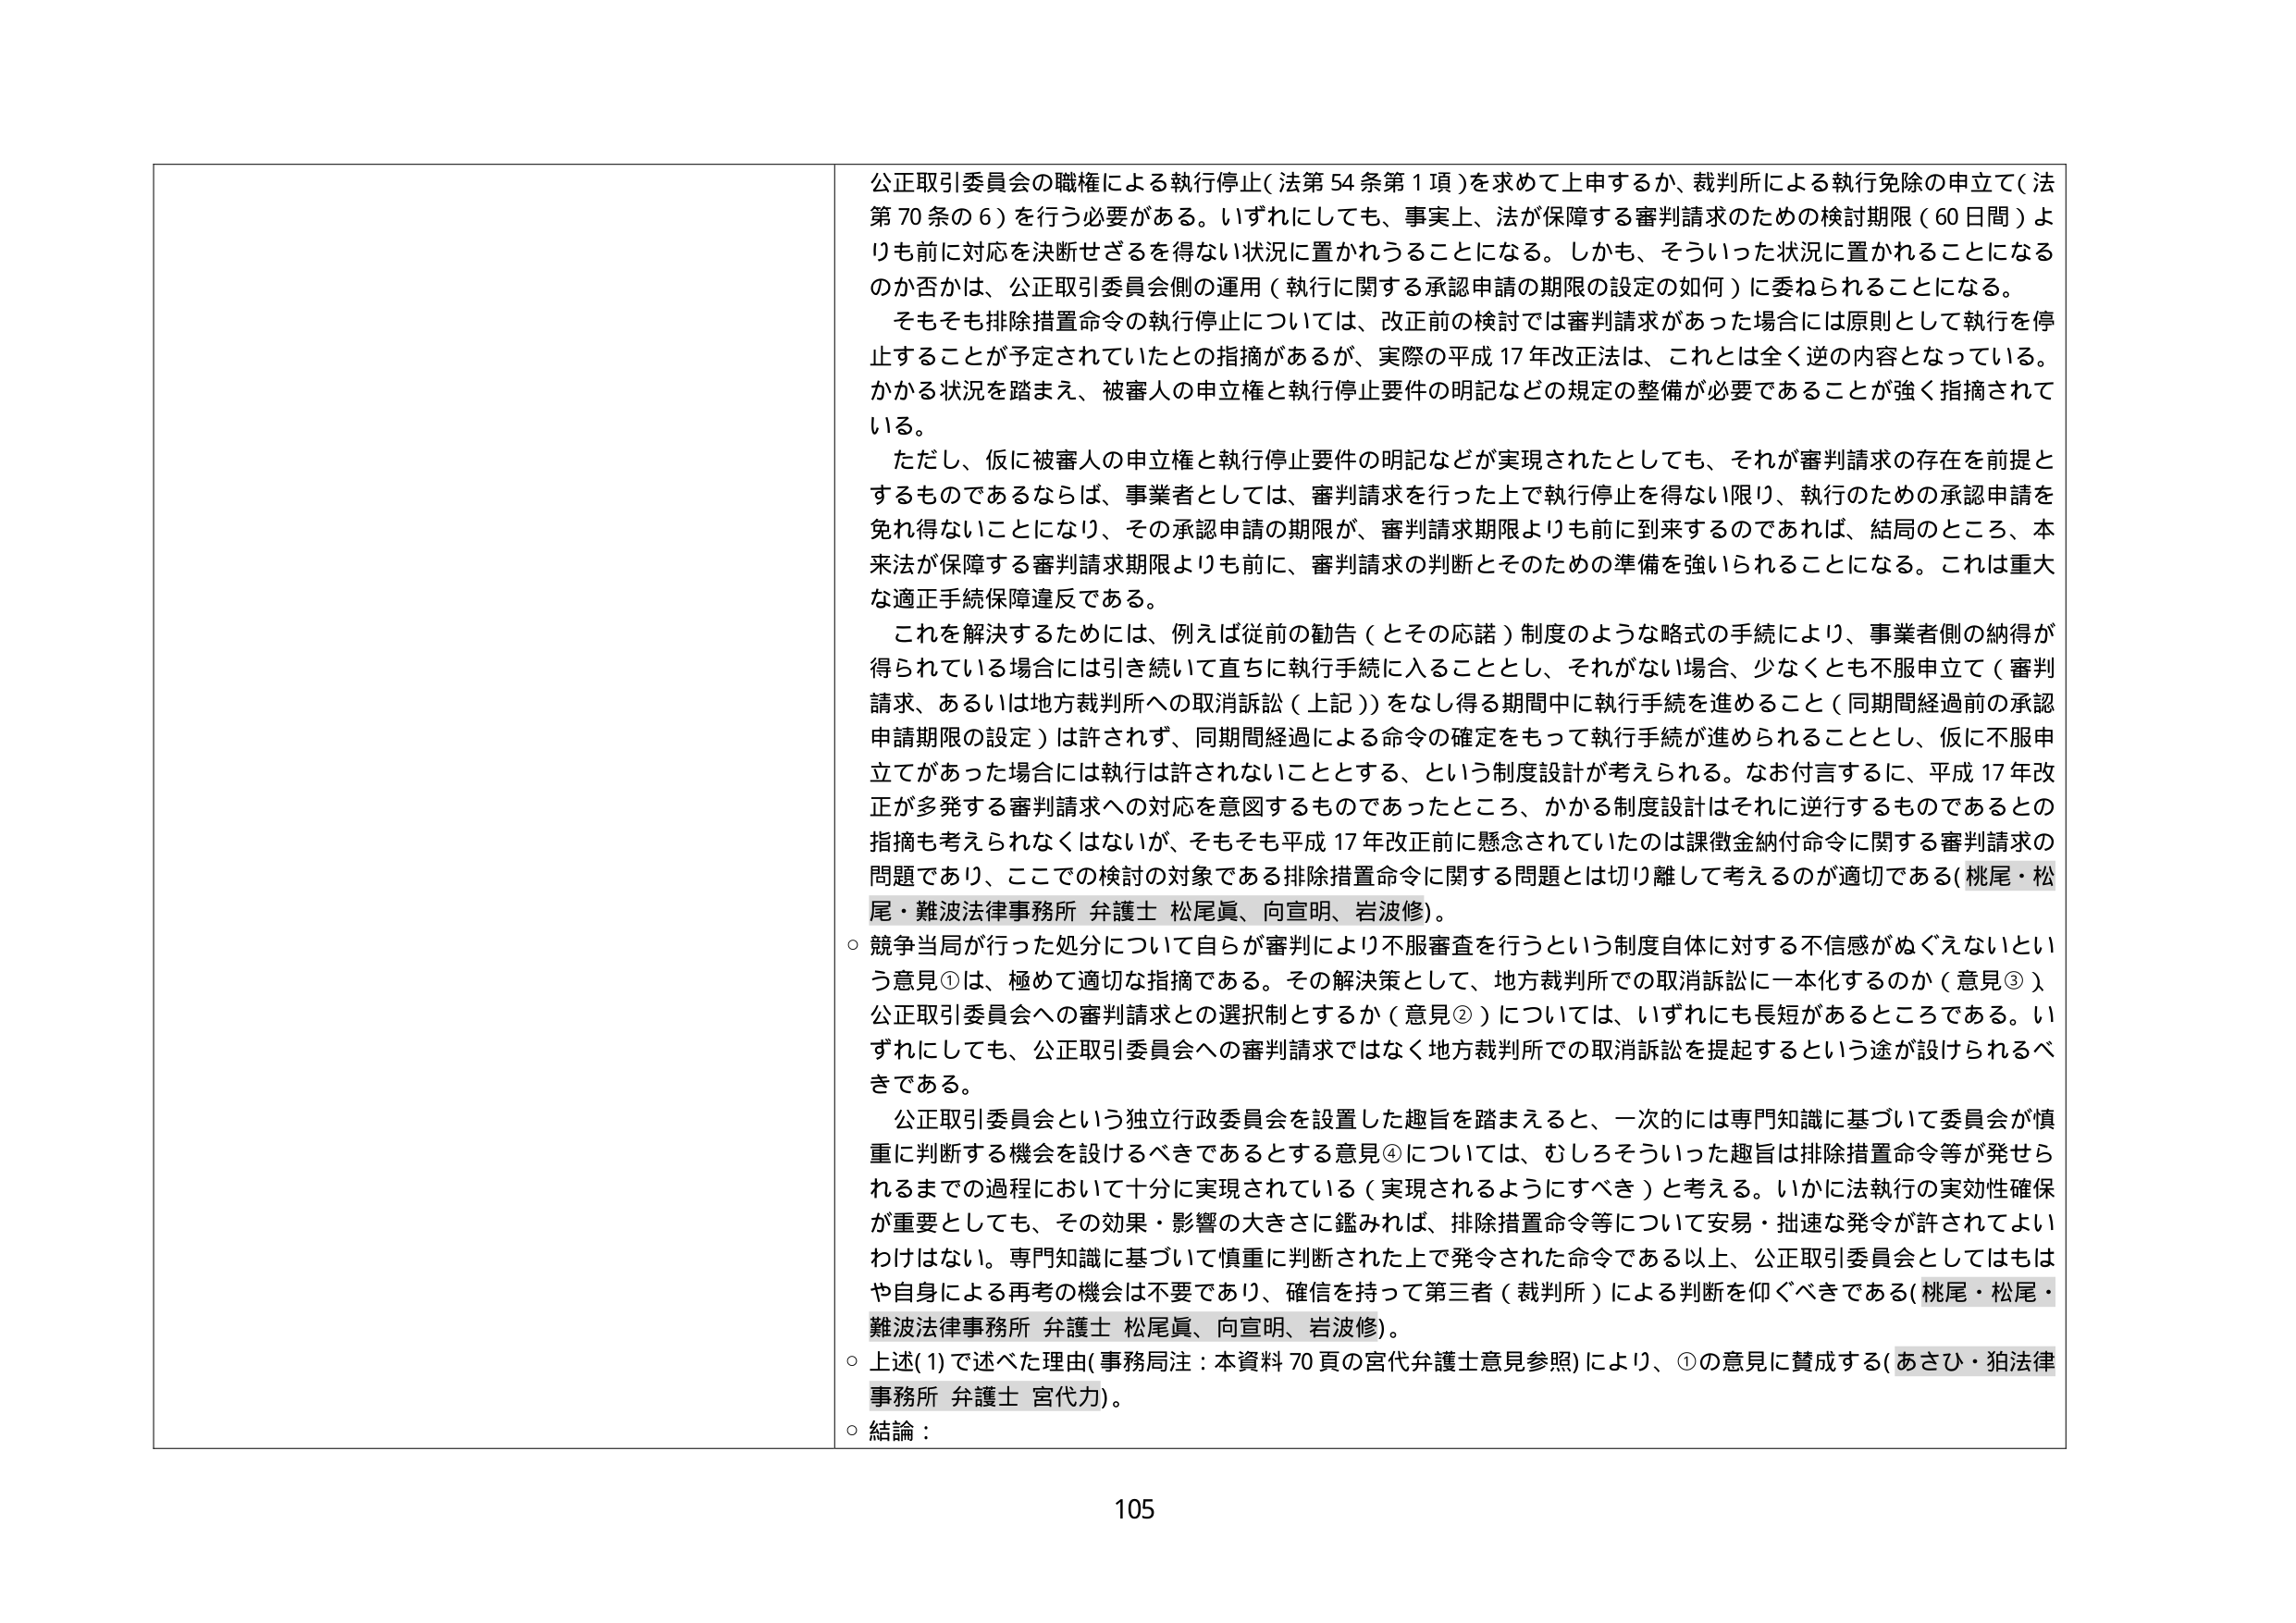
公正取引委員会の職権による執行停止（法第54条第1項）を求めて上申するか、裁判所による執行免除の申立て（法第70条の6）を行う必要がある。いずれにしても、事実上、法が保障する審判請求のための検討期限（60日間）よりも前に対応を決断せざるを得ない状況に置かれることになる。しかも、そういった状況に置かれることになるのか否かは、公正取引委員会側の運用（執行に関する承認申請の期限の設定の如何）に委ねられることになる。

そもそも排除措置命令の執行停止については、改正前の検討では審判請求があった場合には原則として執行を停止することが予定されていたとの指摘があるが、実際の平成17年改正法は、これとは全く逆の内容となっている。かかる状況を踏まえ、被審人の申立権と執行停止要件の明記などの規定の整備が必要であることが強く指摘されている。

ただし、仮に被審人の申立権と執行停止要件の明記などが実現されたとしても、それが審判請求の存在を前提とするものであるならば、事業者としては、審判請求を行った上で執行停止を得ない限り、執行のための承認申請を免れ得ないことになり、その承認申請の期限が、審判請求期限よりも前に到来するのであれば、結局のところ、本來法が保障する審判請求期限よりも前に、審判請求の判断とそのための準備を強いられることになる。これは重大な適正手続保障違反である。

これを解決するためには、例えば従前の勧告（とその応諾）制度のような略式の手続により、事業者側の納得が得られている場合には引き続いて直ちに執行手続に入ることとし、それがない場合、少なくとも不服申立て（審判請求、あるいは地方裁判所への取消訴訟（上記））をなし得る期間中に執行手続を進めること（同期間経過前の承認申請期限の設定）は許されず、同期間経過による命令の確定をもって執行手続が進められることとし、仮に不服申立てがあった場合には執行は許されないこととする、という制度設計が考えられる。なお付言するに、平成17年改正が多発する審判請求への対応を意図するものであったところ、かかる制度設計はそれに逆行するものであるとの指摘も考えられなくはないが、そもそも平成17年改正前に懸念されていたのは課徴金納付命令に関する審判請求の問題であり、ここでの検討の対象である排除措置命令に関する問題とは切り離して考えるのが適切である（桃尾・松尾・難波法律事務所 弁護士 松尾眞、向宣明、岩波修）。

○ 競争当局が行った処分について自らが審判により不服審査を行うという制度自体に対する不信感がぬぐえないという意見①は、極めて適切な指摘である。その解決策として、地方裁判所での取消訴訟に一本化するのか（意見③）、公正取引委員会への審判請求との選択制とするか（意見②）については、いずれにも長短があるところである。いずれにしても、公正取引委員会への審判請求ではなく地方裁判所での取消訴訟を提起するという途が設けられるべきである。

公正取引委員会という独立行政委員会を設置した趣旨を踏まえると、一次的には専門知識に基づいて委員会が慎重に判断する機会を設けるべきであるとする意見④については、むしろそういった趣旨は排除措置命令等が発せられるまでの過程において十分に実現されている（実現されるようにすべき）と考える。いかに法執行の実効性確保が重要としても、その効果・影響の大きさに鑑みれば、排除措置命令等について安易・拙速な発令が許されてよいわけはない。専門知識に基づいて慎重に判断された上で発令された命令である以上、公正取引委員会としてはもはや自身による再考の機会は不要であり、確信を持って第三者（裁判所）による判断を仰ぐべきである（桃尾・松尾・難波法律事務所 弁護士 松尾眞、向宣明、岩波修）。

○ 上述(1)で述べた理由（事務局注：本資料70頁の宮代弁護士意見参照）により、①の意見に賛成する（あさひ・狛法律事務所 弁護士 宮代力）。

○ 結論：

105